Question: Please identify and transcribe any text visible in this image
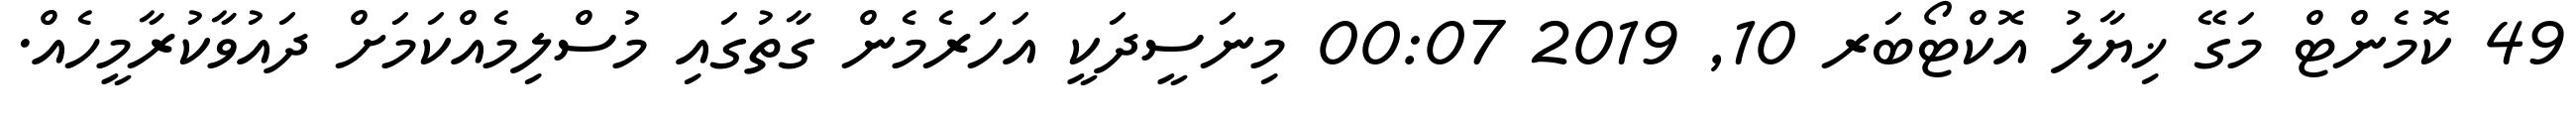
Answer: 49 ކޮމެންޓް މަގޭ ޚިޔާލު އޮކްޓޯބަރ 10, 2019 00:07 މިނަސީދަކީ އަހަރެމެން ގާތުގައި މުސްލިމެއްކަމަށް ދައުވާކުރާމީހެއް.